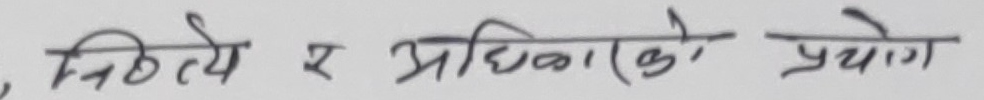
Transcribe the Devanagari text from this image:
, नित्ये र अधिकारको प्रयोग